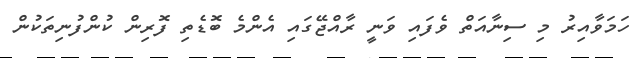
ހަމަވާއިރު މި ސިނާއަތް ވެފައި ވަނީ ރާއްޖޭގައި އެންމެ ބޮޑެތި ފޮރިން ކުންފުނިތަކުން